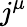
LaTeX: j^{\mu}